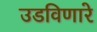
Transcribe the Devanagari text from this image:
उडविणारे